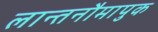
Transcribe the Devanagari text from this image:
लान्तनौमापुक